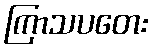
ကြာသပတေး